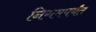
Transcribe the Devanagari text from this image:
निगमपर्यंत